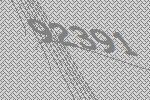
92391